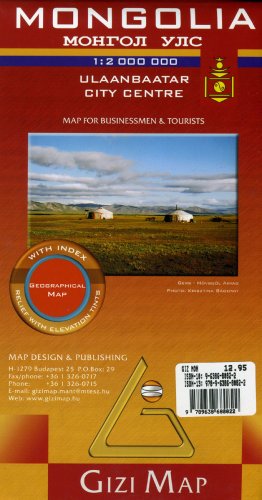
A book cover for Mongolia Geographic Map (English, French, Italian, German and Russian Edition); Gizella Bassa; Travel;